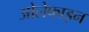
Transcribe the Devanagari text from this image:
ओलेफाइन